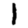
Digit: 1